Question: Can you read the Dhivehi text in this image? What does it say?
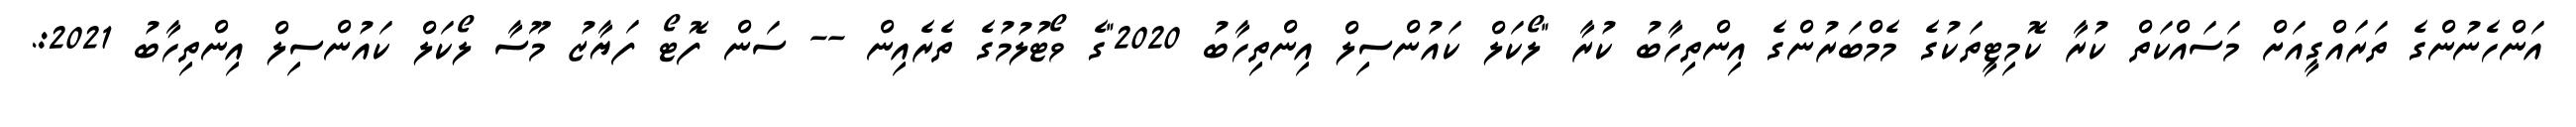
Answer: އަންހެނުންގެ ތަރައްގީއަށް މަސައްކަތް ކުރާ ކޮމިޓީތަކުގެ މެމްބަރުންގެ އިންތިހާބު ކުރާ "ލޯކަލް ކައުންސިލް އިންތިހާބު 2020"ގެ ވޯޓުލުމުގެ ތެރެއިން -- ސަން ފޮޓޯ ފަޔާޒު މޫސާ ލޯކަލް ކައުންސިލް އިންތިހާބު 2021:.